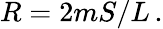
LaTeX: R=2mS/L\, .